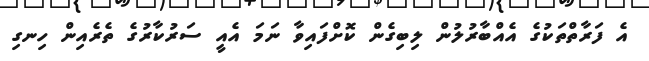
އެ ފަރާތްތަކުގެ އެއްބާރުލުން ލިބިގެން ކޮށްފައިވާ ނަމަ އެއީ ސަރުކާރުގެ ތެރެއިން ހިނގި